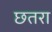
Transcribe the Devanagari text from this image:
छतरा